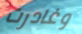
وغادرت